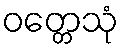
ဝတ္တေသုံ